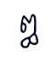
ឰ